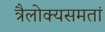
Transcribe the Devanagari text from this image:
त्रैलोक्यसमतां